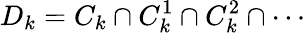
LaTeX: D_{k}=C_{k}\cap C_{k}^{1}\cap C_{k}^{2}\cap\cdots